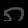
Digit: ၈